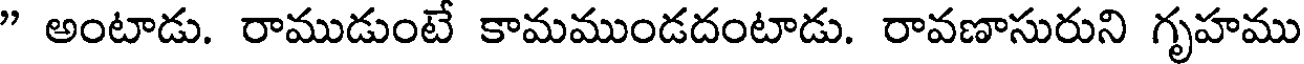
" అంటాడు. రాముడుంటే కామముండదంటాడు. రావణాసురుని గృహము